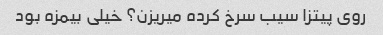
روی پیتزا سیب سرخ کرده میریزن؟ خیلی بیمزه بود